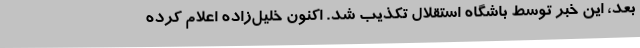
بعد، این خبر توسط باشگاه استقلال تکذیب شد. اکنون خلیل‌زاده اعلام کرده